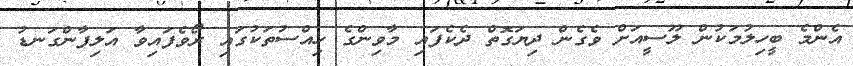
އެންމެ ބީހިލުމަކުން ލޫސީއަށް ވެގެން ދިޔަގޮތް ދެކެފައި މާވިންގެ ހިއްސުތަކުގައި ރޯވެފައިވާ އަލިފާންގަނޑު